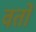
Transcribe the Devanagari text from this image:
वर्तों